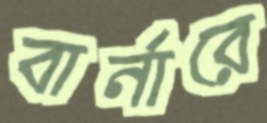
বার্নারে